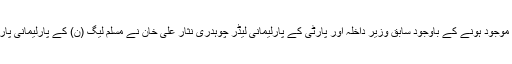
ذرائع کے مطابق پالیمنٹ ہاؤس میں موجود ہونے کے باوجود سابق وزیرِ داخلہ اور پارٹی کے پارلیمانی لیڈر چوہدری نثار علی خان نے مسلم لیگ (ن) کے پارلیمانی پارٹی کے اجلاس میں شرکت نہیں کی۔